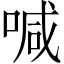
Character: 喊